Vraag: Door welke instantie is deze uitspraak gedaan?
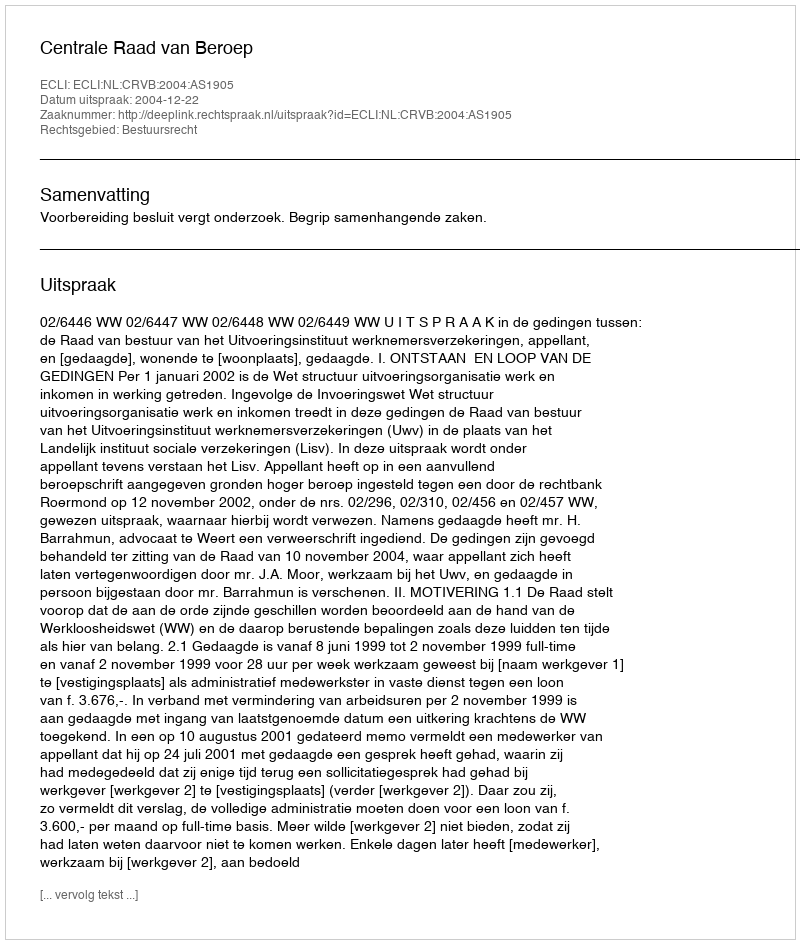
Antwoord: Centrale Raad van Beroep